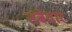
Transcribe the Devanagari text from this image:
तबेदार